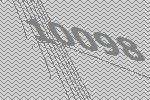
10098